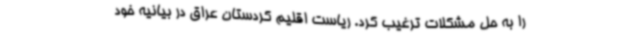
را به حل مشکلات ترغیب کرد. ریاست اقلیم کردستان عراق در بیانیه خود